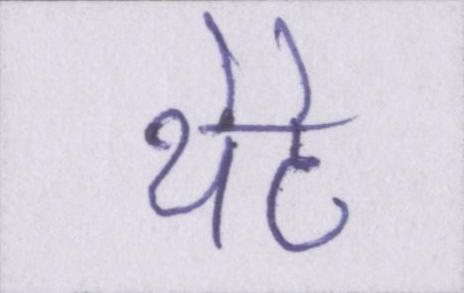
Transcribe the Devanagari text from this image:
थेटे